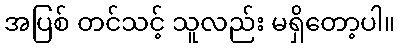
အပြစ် တင်သင့် သူလည်း မရှိတော့ပါ။